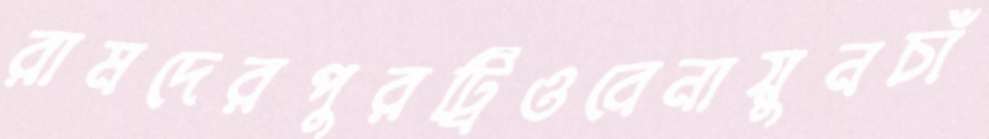
রামদেরপুরট্রিওবেনায়ুনচাঁ